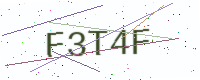
Text: F3T4F